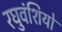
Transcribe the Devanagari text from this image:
रघुवंशियों